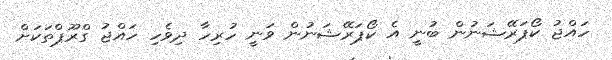
ހައްޖު ކޯޕަރޭޝަނުން ބުނީ އެ ކޯޕަރޭޝަނުން ވަނީ ހުރިހާ ދިވެހި ހައްޖު ގްރޫޕްތަކަށް